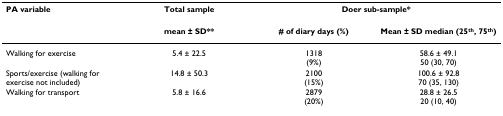
| PA variable | Total sample | <COLSPAN=2> Doer sub-sample* |
 |  | mean ± SD** | # of diary days (%) | Mean ± SD median (25th, 75th) |
 | --- | --- | --- | --- |
 | Walking for exercise | 5.4 ± 22.5 | 1318(9%) | 58.6 ± 49.150 (30, 70) |
 | Sports/exercise (walking for exercise not included) | 14.8 ± 50.3 | 2100(15%) | 100.6 ± 92.870 (35, 130) |
 | Walking for transport | 5.8 ± 16.6 | 2879(20%) | 28.8 ± 26.520 (10, 40) |